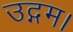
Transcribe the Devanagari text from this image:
उद्गम।